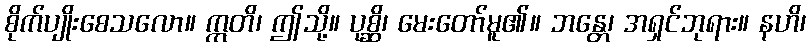
စိုက်ပျိုးစေသလော။ ဣတိ၊ ဤသို့။ ပုစ္ဆိ၊ မေးတော်မူ၏။ ဘန္တေ၊ အရှင်ဘုရား။ နဟိ၊